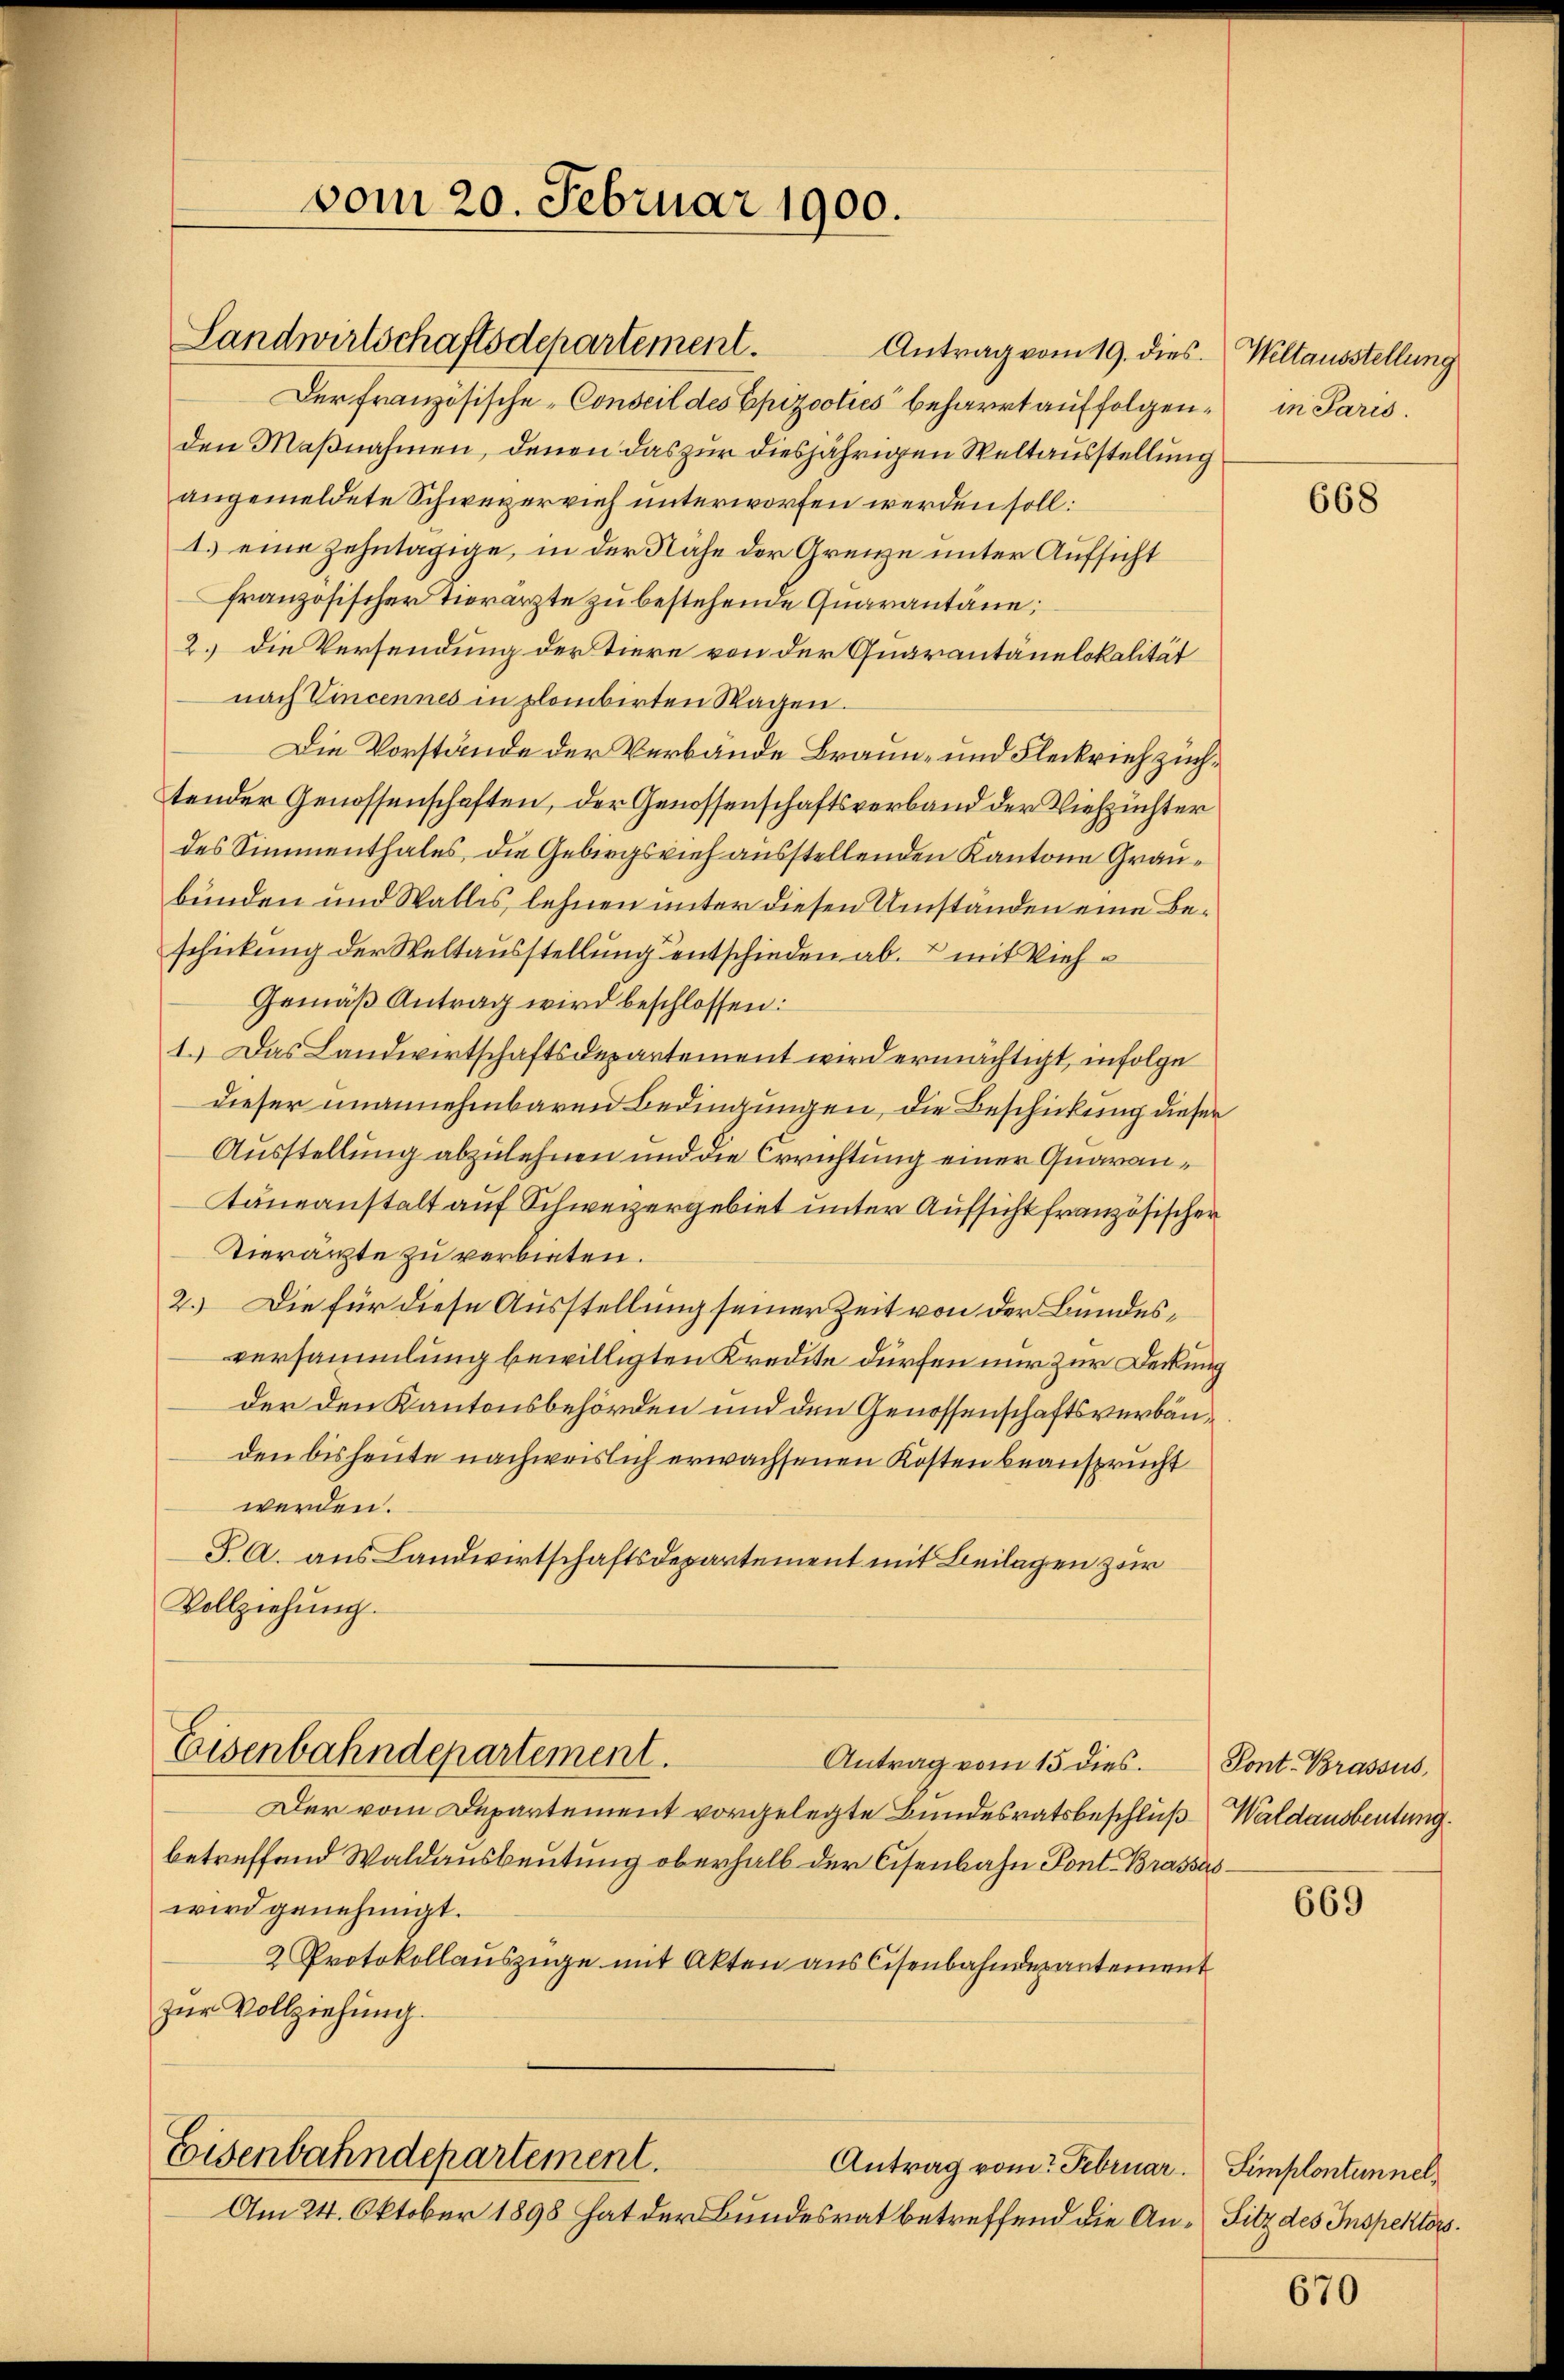
vom 20. Februar 1900.

Landwirtschaftsdepartement.

Antrag vom 19. dies. Weltausstellung
Der französische Conseil des Epizooties beharrt auf folgen, in Paris.
den Maßnahmen, denen das zur diesjährigen Weltausstellung
angemeldete Schwererrich unterworfen werden soll:
1.) eine zehntägige, in der Nähe der Grenze unter Aufsicht
französischer Tierärzte zu bestehende Quarantäne;
2.) Die Versendung der Tiere von der Quarantänelokalität
nach Vincennes in plombirten Wagen.
Die Vorstände der Verbände Braun- und Fleckrieh züchtender Genossenschaften, der Genossenschaftsverband der Viehzuchter
des Simmenthales, die Gebirgsvieh ausstellenden Kantone Graubünden und Wallis, lehnen unter diesen Umständen eine Beschickung der Weltausstellung entschieden ab. & mit Vieh¬
Gemäß Antrag wird beschlossen:
1.) Das Landwirtschaftsdepartement wird ermächtigt, infolge
dieser unannehmbaren Bedingungen, die Beschickung dieser
Ausstellung abzulehnen und die Errichtung einer Quarantaneanstalt auf Schweizergebiet unter Aufsicht französischer
Tierärzte zu verbieten.
2.) Die für diese Ausstellung seiner Zeit von der Bundesversammlung bewilligten Kredite dürfen nur zur Deckung
der den Kantonsbehörden und den Genossenschaftsverbänden bis heute nachweislich erwachsenen Kosten beansprucht
werden.
P A. aus Landwirtschaftsdepartement mit Beilagen zur
Vollziehung.

Eisenbahndepartement.

Antrag vom 15 dies.

Der vom Departement vorgelegte Bundesratsbeschluß Waldausbeutung.
betreffend Waldausbeutung oberhalb der Cisenbahn Pont. Brassaswird genehmigt.
2 Protokollauszüge mit Akten aus Cisenbahndepartement
zur Vollziehung.

Eisenbahndepartement.
Antrag vom Februar. Simplontunnel¬

Am 24. Oktober 1898 hat der Bundesrat betreffend die An-Sitz des Inspektors.

668

Pont. Brassus,

669

670